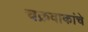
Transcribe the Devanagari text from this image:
चक्रवाकांचे